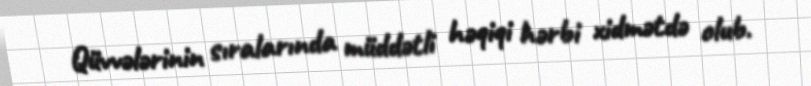
Qüvvələrinin sıralarında müddətli həqiqi hərbi xidmətdə olub.